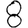
Digit: 8